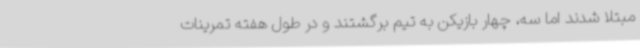
مبتلا شدند اما سه، چهار بازیکن به تیم برگشتند و در طول هفته تمرینات